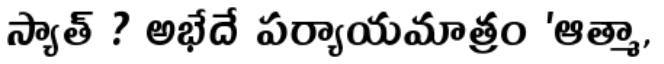
స్యాత్ ? అభేదే పర్యాయమాత్రం 'ఆత్మా,